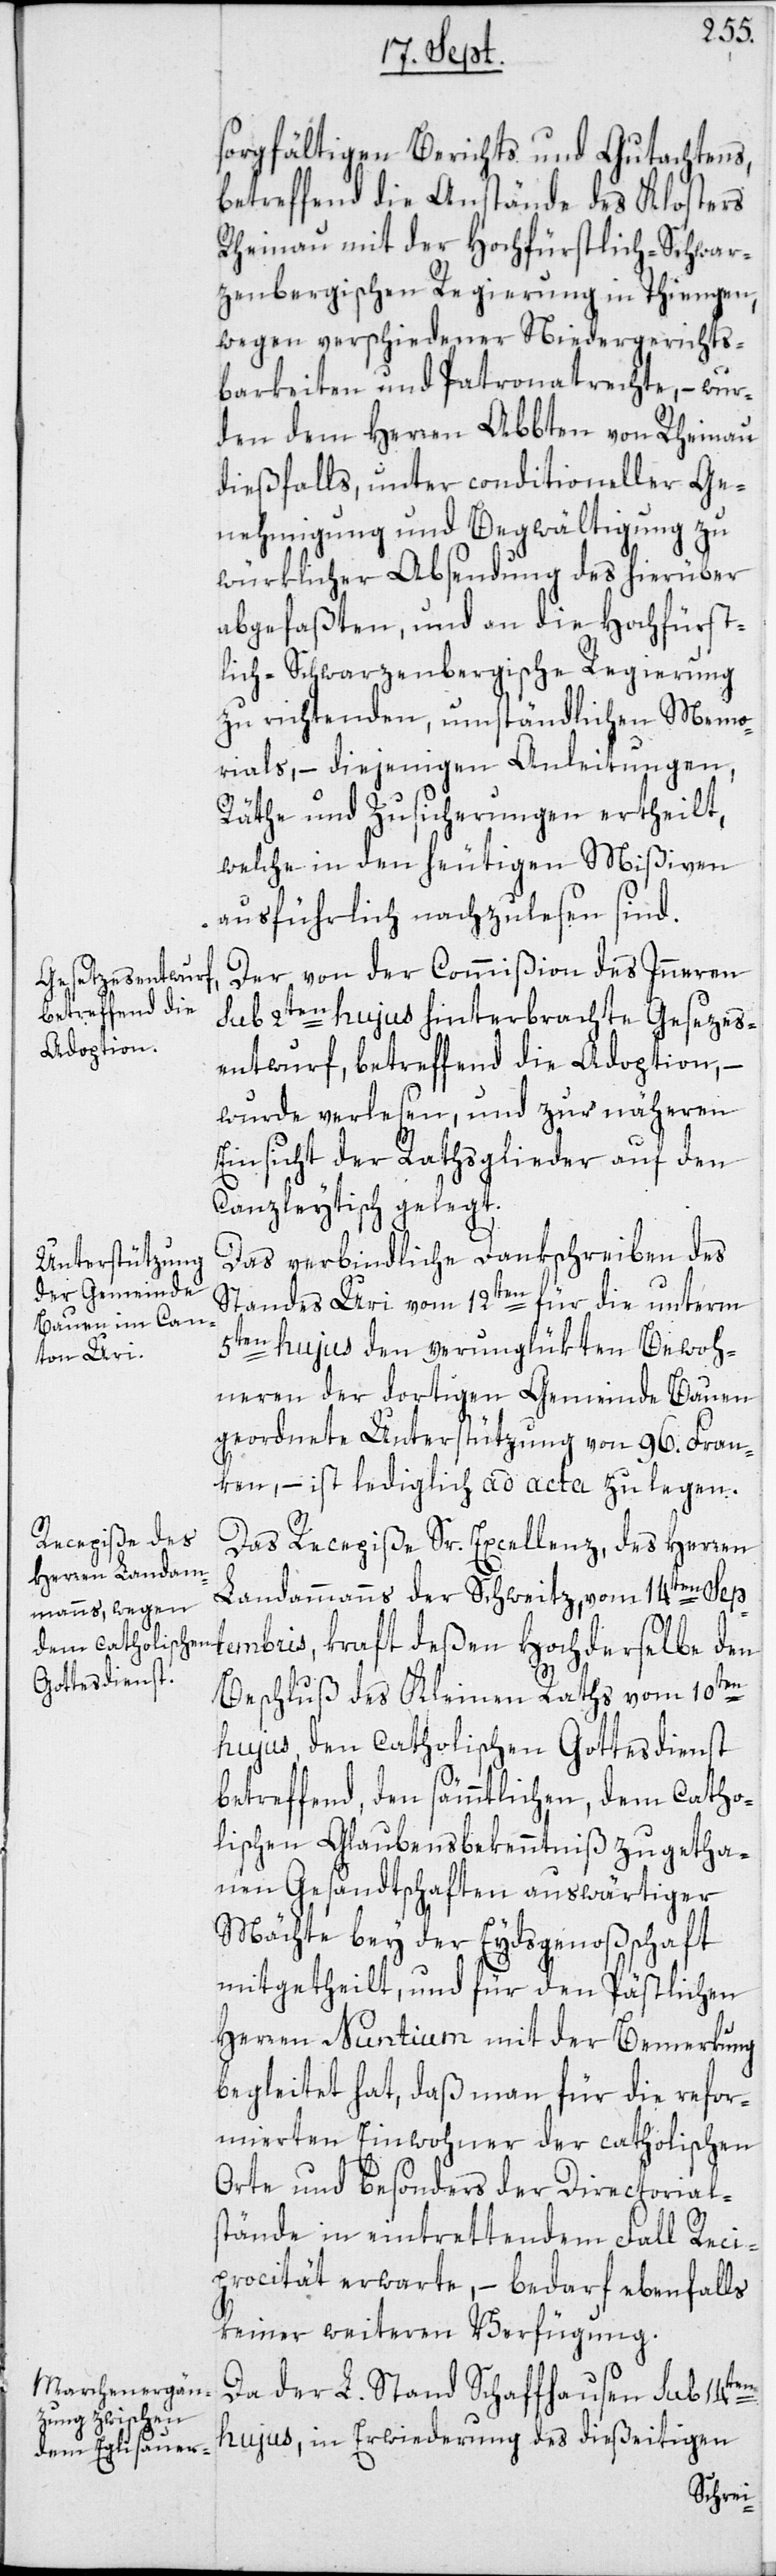
sorgfältigen Berichts und Gutachtens,
betreffend die Anstände des Klosters
Rheinau mit der Hochfürstlich-Schwar¬
zenbergischen Regierung in Thiengen,
wegen verschiedener Niedergerichts¬
barkeiten und Patronatrechte, – wur¬
den dem Herren Abbten von Rheinau
dießfalls, unter conditioneller Ge¬
nehmigung und Begwältigung zu
würklicher Absendung des hierüber
abgefaßten, und an die Hochfürst¬
lich-Schwarzenbergische Regierung
zu richtenden, umständlichen Memo¬
rials, – diejenigen Anleitungen,
Räthe und Zusicherungen ertheilt,
welche in den heutigen Mißiven
ausführlich nachzulesen sind.
Der von der Commißion des Inneren
sub 2ten hujus hinterbrachte Gesezes¬
entwurf, betreffend die Adoption, –
wurde verlesen, und zur näheren
Einsicht der Rathsglieder auf den
Canzleytisch gelegt.
Das verbindliche Dankschreiben des
Standes Uri vom 12ten für die unterm
5ten hujus den verunglükten Bewoh¬
neren der dortigen Gemeinde Bauen
geordnete Unterstützung von 96. Fran¬
ken, – ist lediglich ad acta zu legen.
Das Recepiße Sr. Excellenz, des Herren
Landammanns der Schweitz, vom 14ten Sep¬
tembris, kraft deßen Hochderselbe den
Beschluß des Kleinen Raths vom 10ten
hujus, den Catholischen Gottesdienst
betreffend, den sämmtlichen, dem Catho¬
lischen Glaubensbekenntniß zugetha¬
nen Gesandtschaften auswärtiger
Mächte bey der Eydsgenoßschaft
mitgetheilt, und für den Pä[b]stlichen
Herren Nuntium mit der Bemerkung
begleitet hat, daß man für die refor¬
mierten Einwohner der catholischen
Orte und besonders der Directorial¬
stände in eintrettendem Fall Reci¬
procität erwarte, – bedarf ebenfalls
keiner weiteren Verfügung.
Da der L. Stand Schaffhausen sub 14ten
hujus, in Erwiederung des dießeitigen